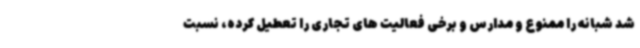
شد شبانه را ممنوع و مدارس و برخی فعالیت های تجاری را تعطیل کرده، نسبت